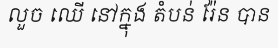
លួច ឈើ នៅក្នុង តំបន់ រ៉ែន បាន